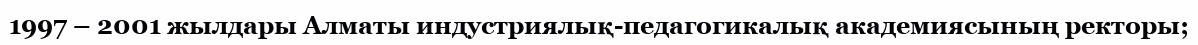
1997 – 2001 жылдары Алматы индустриялық-педагогикалық академиясының ректоры;